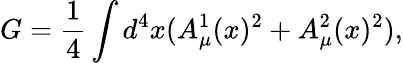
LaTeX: G=\frac{1}{4}\int d^{4}x(A_{\mu}^{1}(x)^{2}+A_{\mu}^{2}(x)^{2}),